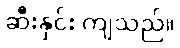
ဆီးနှင်း ကျသည်။